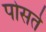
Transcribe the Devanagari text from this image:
पोसते